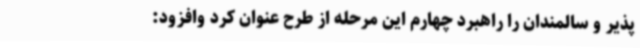
پذیر و سالمندان را راهبرد چهارم این مرحله از طرح عنوان کرد وافزود: